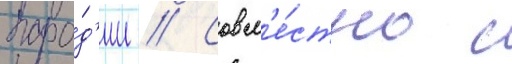
паро́д'ии // Совм'е́стно с